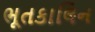
ભૂતકાલિન